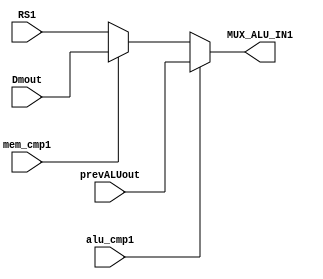
module muxh_rs1(alu_cmp1,mem_cmp1,RS1,Dmout,prevALUout,MUX_ALU_IN1);
input [31:0]Dmout;
input [31:0] prevALUout;
input [31:0]RS1;
input alu_cmp1,mem_cmp1;
output [31:0] MUX_ALU_IN1;
reg [31:0]MUX_ALU_IN1;

always@(*)
begin
if(alu_cmp1==1)
MUX_ALU_IN1=prevALUout;
else if(mem_cmp1==1)
MUX_ALU_IN1=Dmout;
else
MUX_ALU_IN1=RS1;
end
endmodule